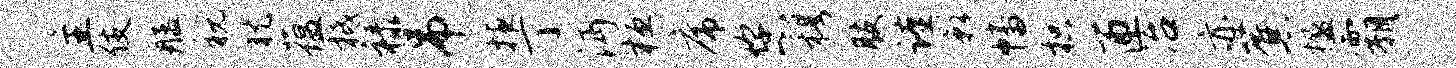
主伎艋税犹蕴柢禄吊掖丁沔桓席您穆肢谨影幡枳匝冶亦蕉楹霸